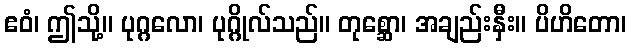
ဧဝံ၊ ဤသို့။ ပုဂ္ဂလော၊ ပုဂ္ဂိုလ်သည်။ တုစ္ဆော၊ အချည်းနှီး။ ပိဟိတော၊